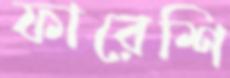
ফারেশি